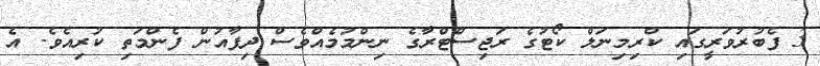
3 ފެބުުރުވަރީގައި ކްރިމިނަލް ކޯޓުގެ ރަޖިސްޓްރާގެ ނިންމުމެއްވެސް ދިފާއުން ފެންމަތި ކުރިއެވެ. އެ